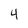
Character: 4